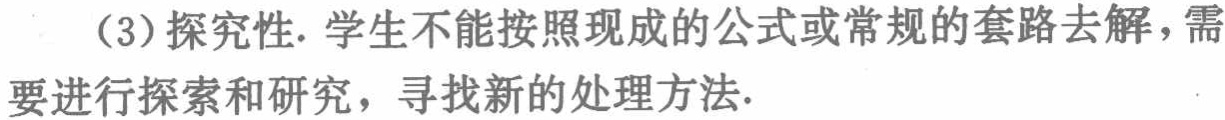
（3）探究性. 学生不能按照现成的公式或常规的套路去解，需要进行探索和研究，寻找新的处理方法.